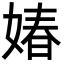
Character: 媋